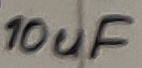
Text: 10uF